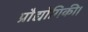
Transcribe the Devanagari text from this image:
प्रौद्योगिकी।